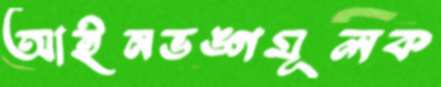
আইনভঙ্গমূলক